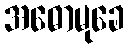
အဓောမုခေ